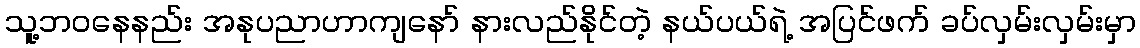
သူ့ဘဝနေနည်း အနုပညာဟာကျနော် နားလည်နိုင်တဲ့ နယ်ပယ်ရဲ့ အပြင်ဖက် ခပ်လှမ်းလှမ်းမှာ